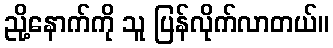
ညို့နောက်ကို သူ ပြန်လိုက်လာတယ်။